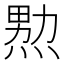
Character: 𱫤